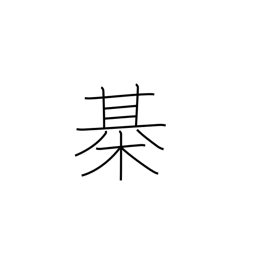
Meaning: Japanese chess